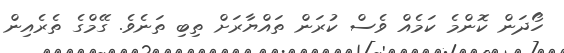
ހޯދަން ކޮންމެ ކަމެއް ވެސް ކުރަން ތައްޔާރަށް ތިބި ތަނެވެ. ގޭމްގެ ތެރެއިން